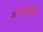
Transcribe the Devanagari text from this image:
महामात्रांनी